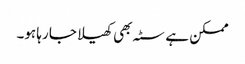
ممکن ہے سٹہ بھی کھیلا جا رہا ہو۔